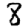
Digit: 8